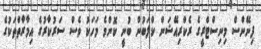
ފިނޭންސް މިނިސްޓްރީގެ ރެކްރިއޭޝަން ކްލަބުން ބުނީ ކޮންމެ މަހަކު ވެސް ސަރުކާރުގެ އިމާރާތްތަކުގެ